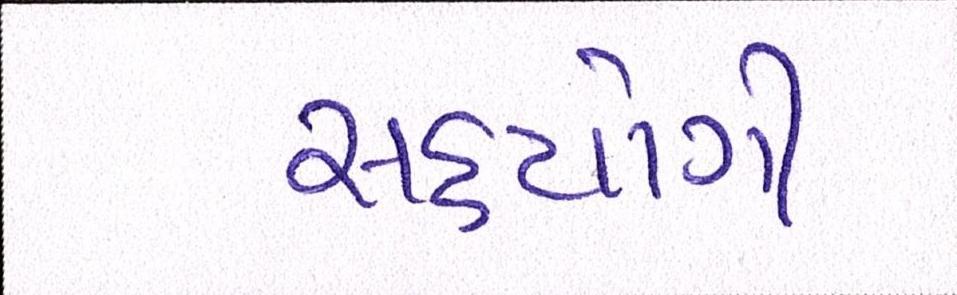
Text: સહયોગી